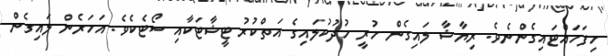
ހިފަހައްޓައިގެންނެވެ. ރިޔާޝާ ލައިގެން ހުރީ ހުދުކުލައިގެ އަތްކުރު ޓީޝާޓަކާއި ސޯޓެކެވެ. އަހަރެން ލައިގެން